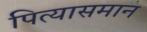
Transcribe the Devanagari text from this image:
पित्यासमान